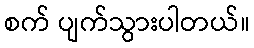
စက် ပျက်သွားပါတယ်။